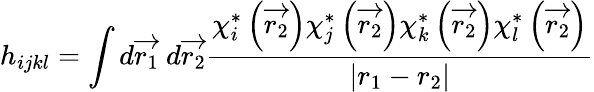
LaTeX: h_{ijkl}=\int d\overrightarrow{r_{1}}\ d\overrightarrow{r_{2}}\frac{\chi_{i}^{*}\left(\overrightarrow{r_{2}}\right)\chi_{j}^{*}\left(\overrightarrow{r_{2}}\right)\chi_{k}^{*}\left(\overrightarrow{r_{2}}\right)\chi_{l}^{*}\left(\overrightarrow{r_{2}}\right)}{\left|r_{1}-r_{2}\right|}